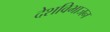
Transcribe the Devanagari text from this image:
देशविभाजन